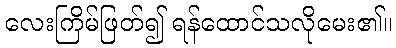
လေးကြိမ်ဖြတ်၍ ရန်ထောင်သလိုမေး၏။